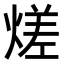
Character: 𭵭